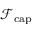
\mathcal { F } _ { \mathrm { c a p } }